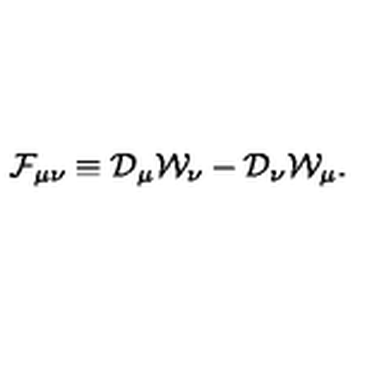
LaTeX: { \cal F } _ { \mu \nu } \equiv { \cal D } _ { \mu } { \cal W } _ { \nu } - { \cal D } _ { \nu } { \cal W } _ { \mu } .